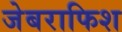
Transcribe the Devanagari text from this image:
जेबराफिश